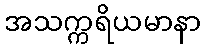
အသက္ကရိယမာနာ